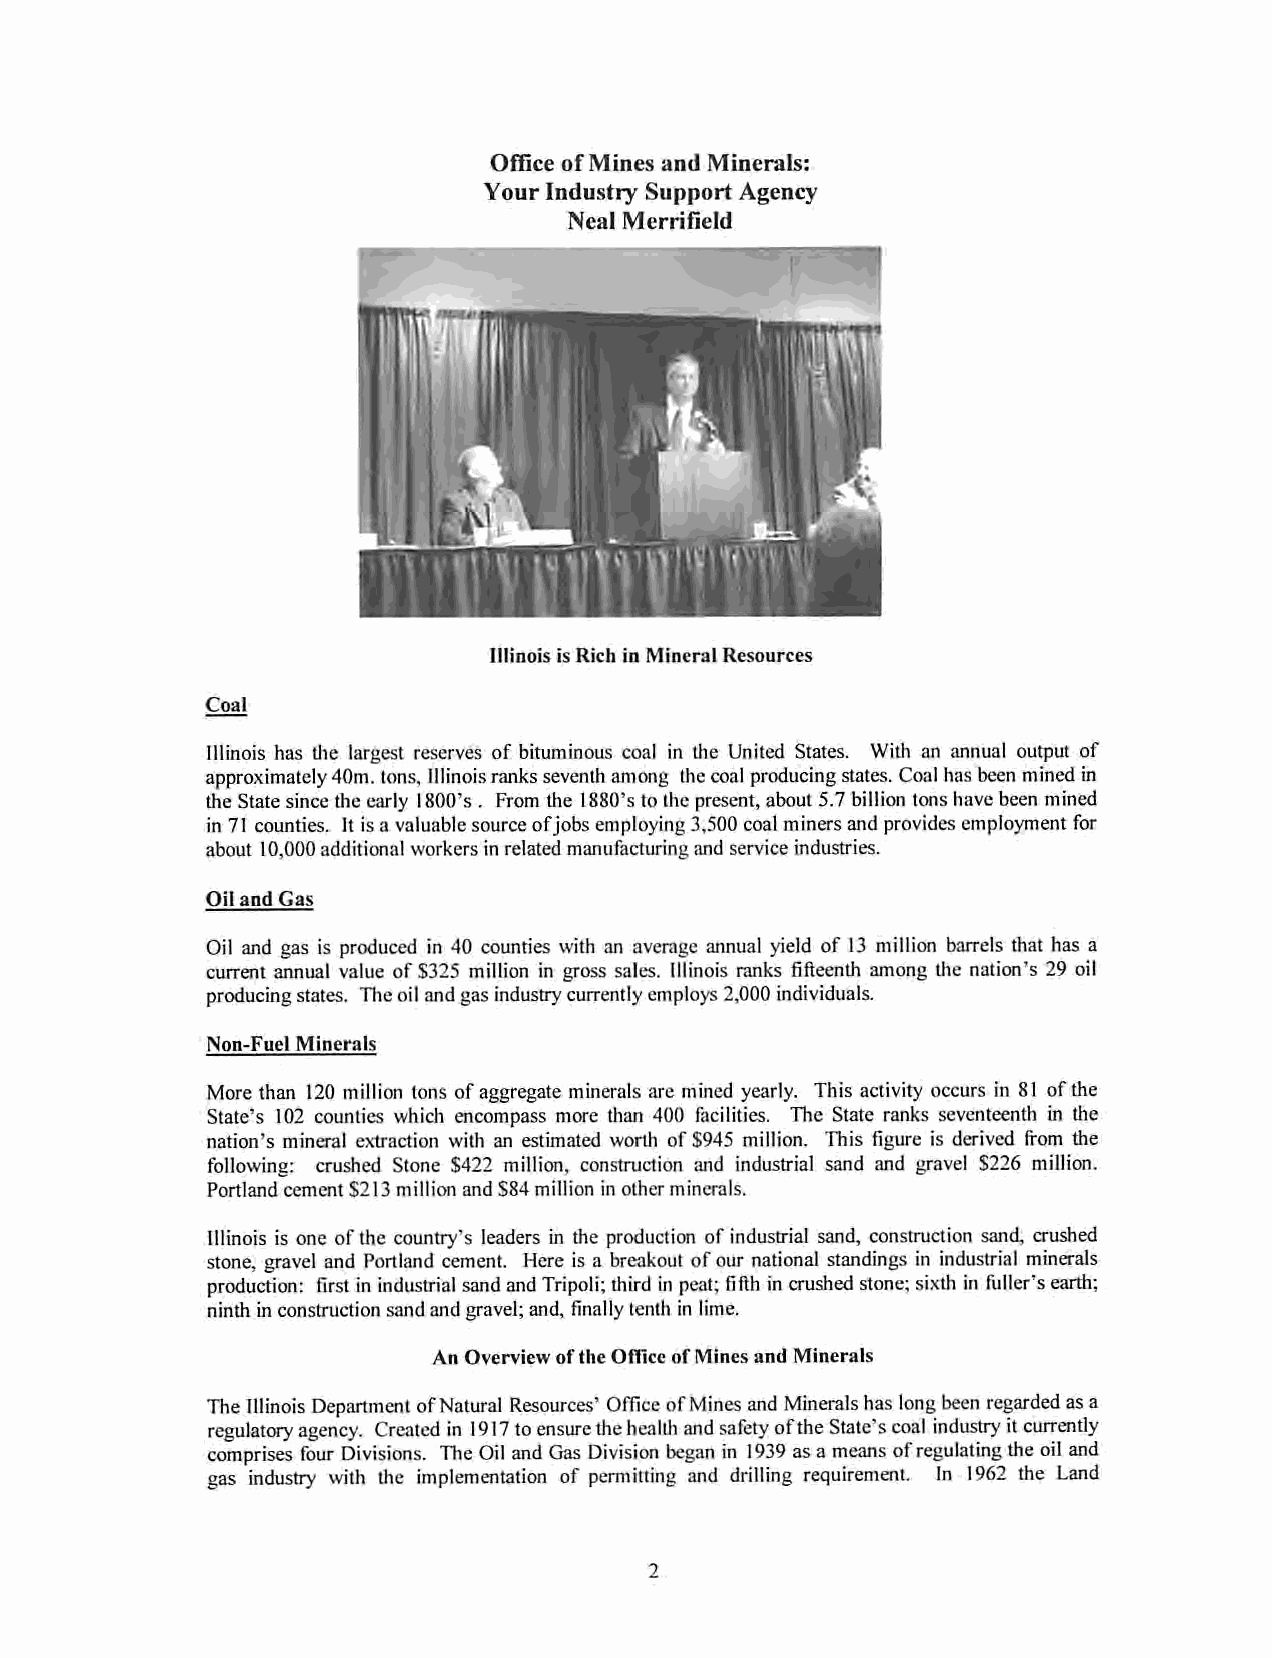
Office ofMines and Minerals:
 YourIndustry Support Agency
 Neal Merrifield
 Illinois is Rich in Mineral Resources
 Coal
 Illinoishas the largest reserves of bituminous coal in the United States. With an annual outputof
 approximately40m.tons,Illinoisranksseventh among thecoalproducing states. Coalhasbeen minedin
 theStatesincetheearly 1800's. From the I880's tothepresent, about5.7billiontonshavebeenmined
 in71counties. Itisa valuablesourceofjobs employing3,500coalminers and providesemployment for
 about 10,000additionalworkersinrelatedmanufacturingandserviceindustries.
 Oil andGas
 Oil and gas is produced in 40 counties withan averageannual yield of 13 million barrelsthathas a
 current annual value of S325 million in gross sales. Illinois ranks fifteenth among the nation's 29 oil
 producingstates. Theoilandgasindustrycurrentlyemploys 2,000individuals.
 Non-Fuel Minerals
 More than 120 million tonsofaggregate minerals aremined yearly. Thisactivity occurs in81 ofthe
 State's 102 counties which encompass more than 400 facilities. The State ranks seventeenth in the
 nation's mineral extraction with an estimated worth of S945 million. This figure is derived from the
 following: crushed Stone $422 million, construction and industrial sand and gravel S226 million.
 Portland cement S213 million and S84 million inotherminerals.
 Illinoisis one of the country's leadersin theproduction of industrial sand, construction sand, crushed
 stone, gravel and Portland cement. Here isa breakout ofour national standings in industrial minerals
 production: first inindustrial sandandTripoli;third in peat; fifth incrushedstone;sixthin fuller's earth;
 ninth inconstructionsandandgravel;and, finallytenthinlime.
 AnOverviewoftheOfficeofMines and Minerals
 The Illinois Department ofNatural Resources' Office ofMines and Mineralshas long been regarded asa
 regulatoryagency. Created in 1917toensurethehealth andsafetyoftheState's coal industry it currently
 comprises four Divisions. The Oil and Gas Division began in 1939asameans ofregulating the oil and
 gas industry with the implementation of permitting and drilling requirement. In 1962 the Land